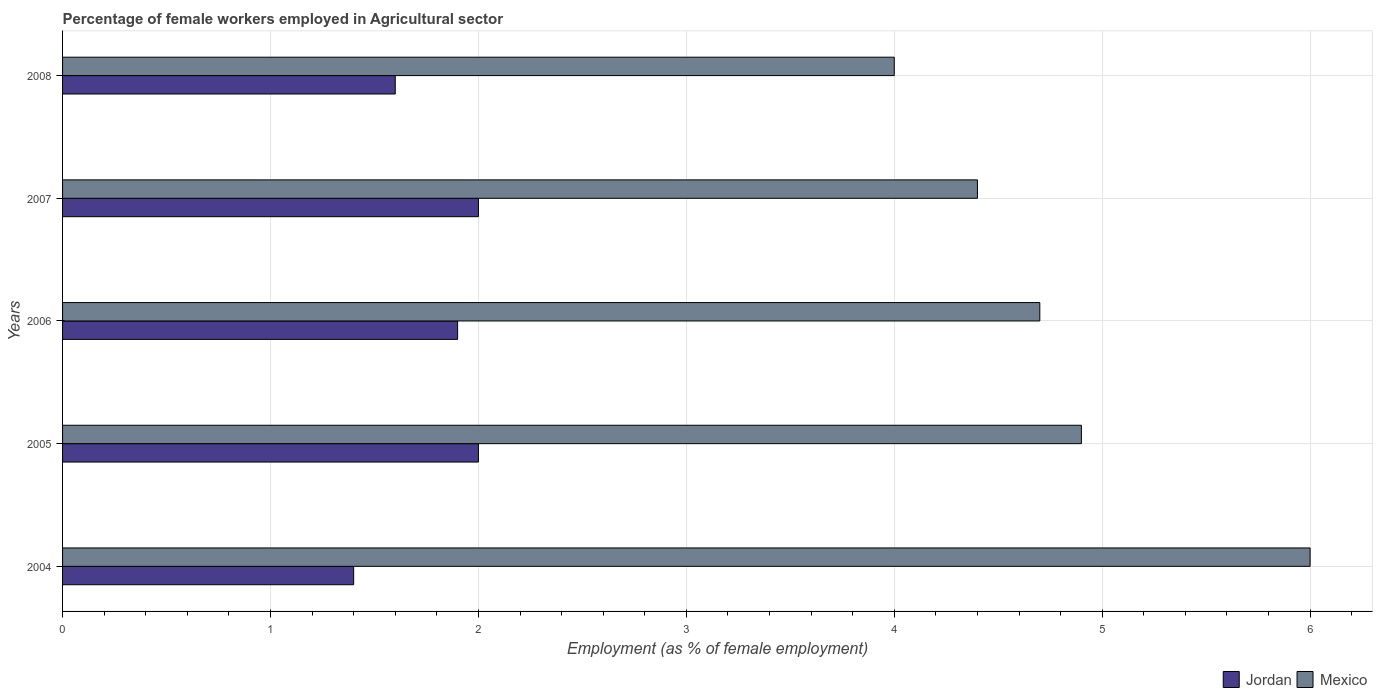
| Years | Jordan | Mexico |
 | --- | --- | --- |
 | 2004 | 1.4 | 6 |
 | 2005 | 2 | 4.9 |
 | 2006 | 1.9 | 4.7 |
 | 2007 | 2 | 4.4 |
 | 2008 | 1.6 | 4 |